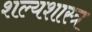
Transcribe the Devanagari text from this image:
शल्यशास्त्र